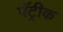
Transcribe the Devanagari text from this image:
पॅट्रीक